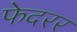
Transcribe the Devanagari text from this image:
फेदरर